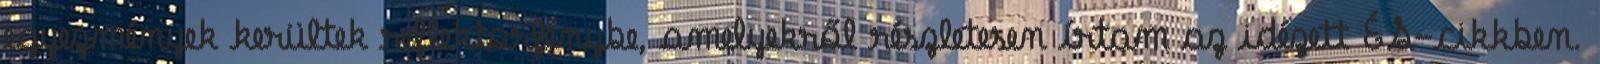
egyezmények kerültek reflektorfénybe, amelyekről részletesen írtam az idézett ÉS-cikkben.